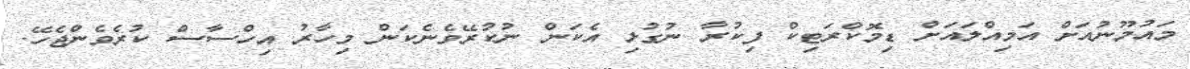
މައުމޫނުއަށް އަމިއްލައަށް ޑިމޮކްރަޓިކް ފިކުރާ ނުގުޅި އެކަން ނުކުރޭވެނެކަން މިހާރު އިހްސާސް ކުރެވެންޖެހޭ.